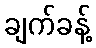
ချက်ခန့်